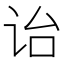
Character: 诒